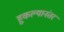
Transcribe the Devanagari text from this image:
हुकल्यानंतर